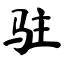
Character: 驻